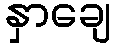
နှာချေ